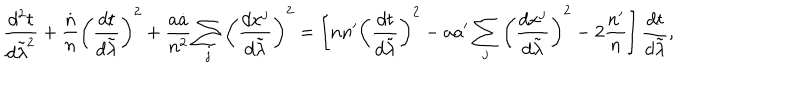
{ \frac { d ^ { 2 } t } { d \tilde { \lambda } ^ { 2 } } } + { \frac { \dot { n } } { n } } \left( { \frac { d t } { d \tilde { \lambda } } } \right) ^ { 2 } + { \frac { a \dot { a } } { n ^ { 2 } } } \sum _ { j } \left( { \frac { d x ^ { j } } { d \tilde { \lambda } } } \right) ^ { 2 } = \left[ n n ^ { \prime } \left( { \frac { d t } { d \tilde { \lambda } } } \right) ^ { 2 } - a a ^ { \prime } \sum _ { j } \left( { \frac { d x ^ { j } } { d \tilde { \lambda } } } \right) ^ { 2 } - 2 { \frac { n ^ { \prime } } { n } } \right] { \frac { d t } { d \tilde { \lambda } } } ,